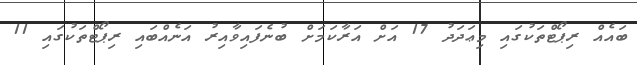
ބައެއް ރިޕޯޓްތަކުގައި މިޢަދަދު 17 އަށް އަރާކަމަށް ބުނެފައިވާއިރު އަނެއްބައި ރިޕޯޓްތަކުގައި 11